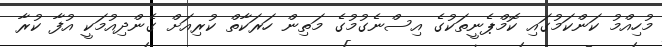
މުހިއްމު ކަންކަމުގައި ކޮމްޕެނީތަކުގެ އިސްނެގުމުގެ މަތިން ހަރަކާތް ކުރިއަށް ގެންދިއުމަކީ އުފާ ކުރާ